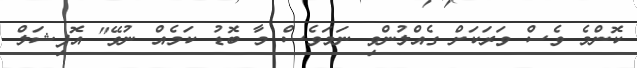
ކޮންމެ ވެސް ވަރަކަށް ގެއްލުންވި ނަމަވެސް މާ ބޮޑު ކަމެއް ނުވޭ" އޮފިޝަލް